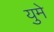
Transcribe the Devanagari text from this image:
युमे